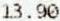
13.90